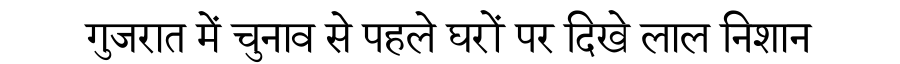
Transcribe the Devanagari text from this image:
गुजरात में चुनाव से पहले घरों पर दिखे लाल निशान